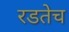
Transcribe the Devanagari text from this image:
रडतेच